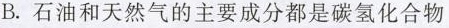
B.石油和天然气的主要成分都是碳氢化合物